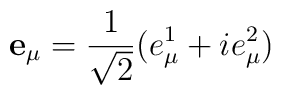
\mathbf{e}_\mu=\frac{1}{\sqrt2}(e_\mu^1+ie_\mu^2)